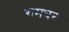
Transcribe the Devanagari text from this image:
रामघना